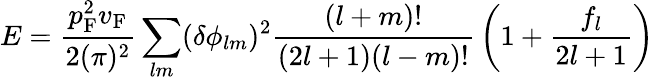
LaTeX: E={\frac{p_{\mathrm{{F}}}^{2}v_{\mathrm{{F}}}}{2(\pi)^{2}}}\sum_{lm}(\delta\phi_{lm})^{2}{\frac{(l+m)!}{(2l+1)(l-m)!}}\left(1+{\frac{f_{l}}{2l+1}}\right)